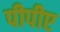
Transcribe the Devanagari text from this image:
पीपीए